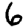
Digit: 6